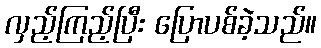
လှည့်ကြည့်ပြီး ပြောပစ်ခဲ့သည်။